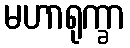
မဟာရုက္ခာ